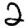
Digit: 2